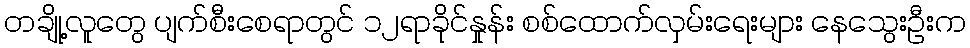
တချို့လူတွေ ပျက်စီးစေရာတွင် ၁၂ရာခိုင်နှုန်း စစ်ထောက်လှမ်းရေးများ နေသွေးဦးက